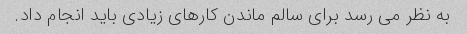
به نظر می رسد برای سالم ماندن کارهای زیادی باید انجام داد.